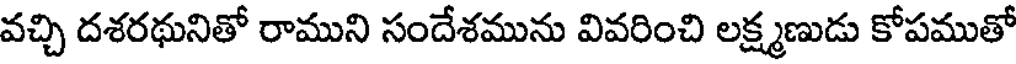
వచ్చి దశరథునితో రాముని సందేశమును వివరించి లక్ష్మణుడు కోపముతో